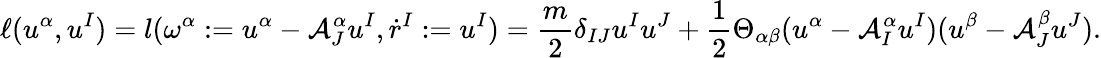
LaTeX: \ell(u^{\alpha},u^{I})=l(\omega^{\alpha}:=u^{\alpha}-\mathcal{A}_{J}^{\alpha}u^{I},\dot{r}^{I}:=u^{I})=\frac{m}{2}\delta_{IJ}u^{I}u^{J}+\frac{1}{2}\Theta_{\alpha\beta}(u^{\alpha}-\mathcal{A}_{I}^{\alpha}u^{I})(u^{\beta}-\mathcal{A}_{J}^{\beta}u^{J}).